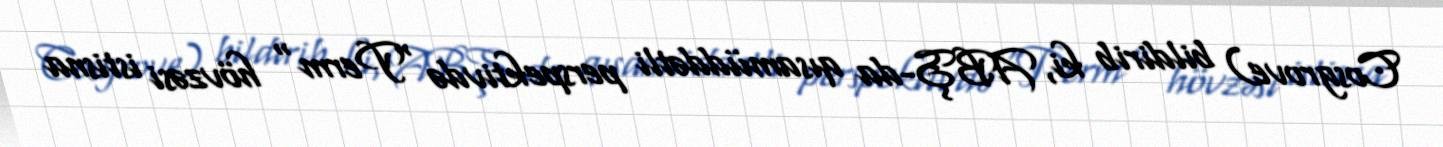
Cosgrove) bildirib ki, ABŞ-da qısamüddətli perspektivdə "Perm" hövzəsi istisna